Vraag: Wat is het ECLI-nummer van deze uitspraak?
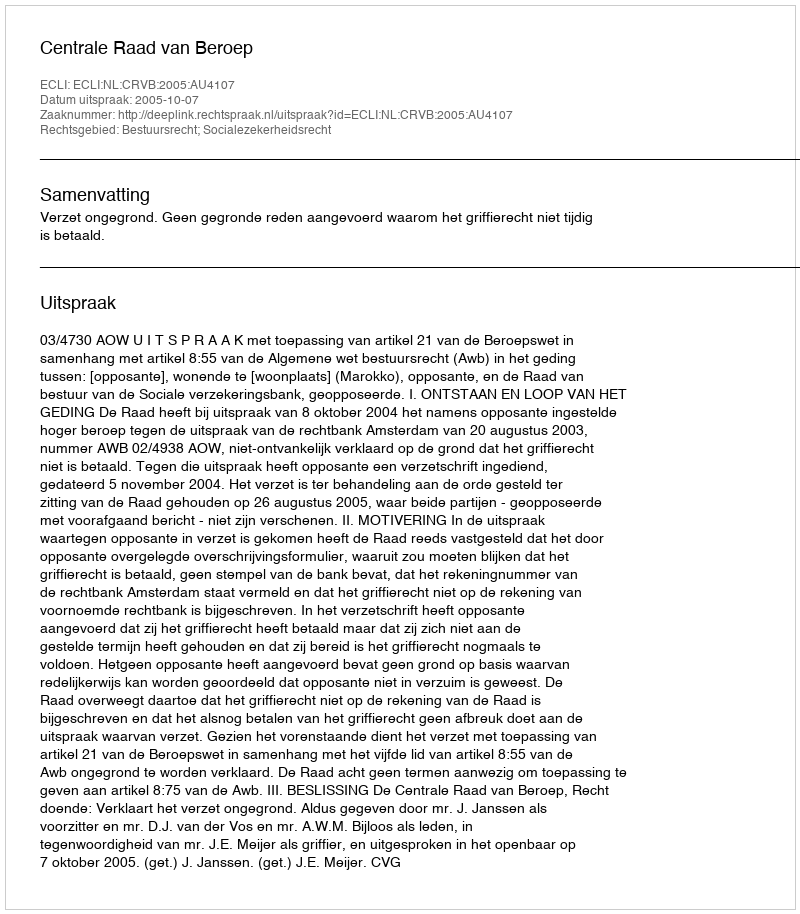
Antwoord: ECLI:NL:CRVB:2005:AU4107